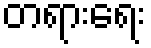
တရားရေး